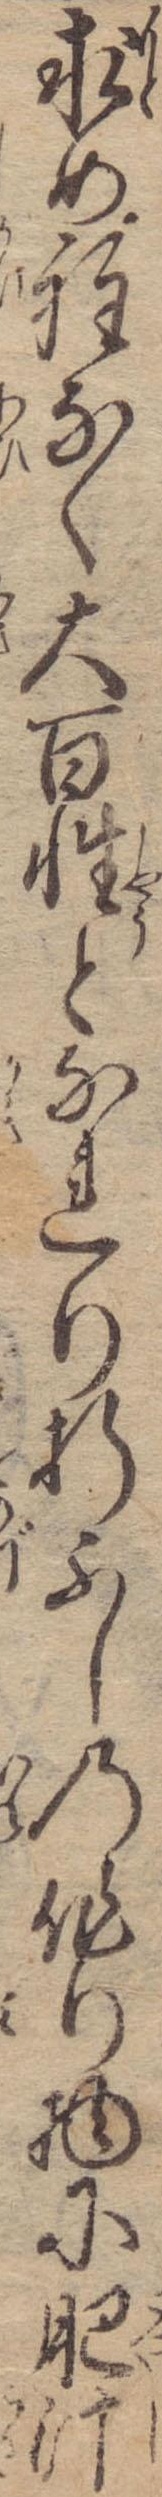
求め程なく大百性となれり折ふしの作り物に肥汁